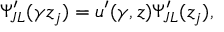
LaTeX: \Psi _ { J L } ^ { \prime } ( \gamma z _ { j } ) = u ^ { \prime } ( \gamma , z ) \Psi _ { J L } ^ { \prime } ( z _ { j } ) ,